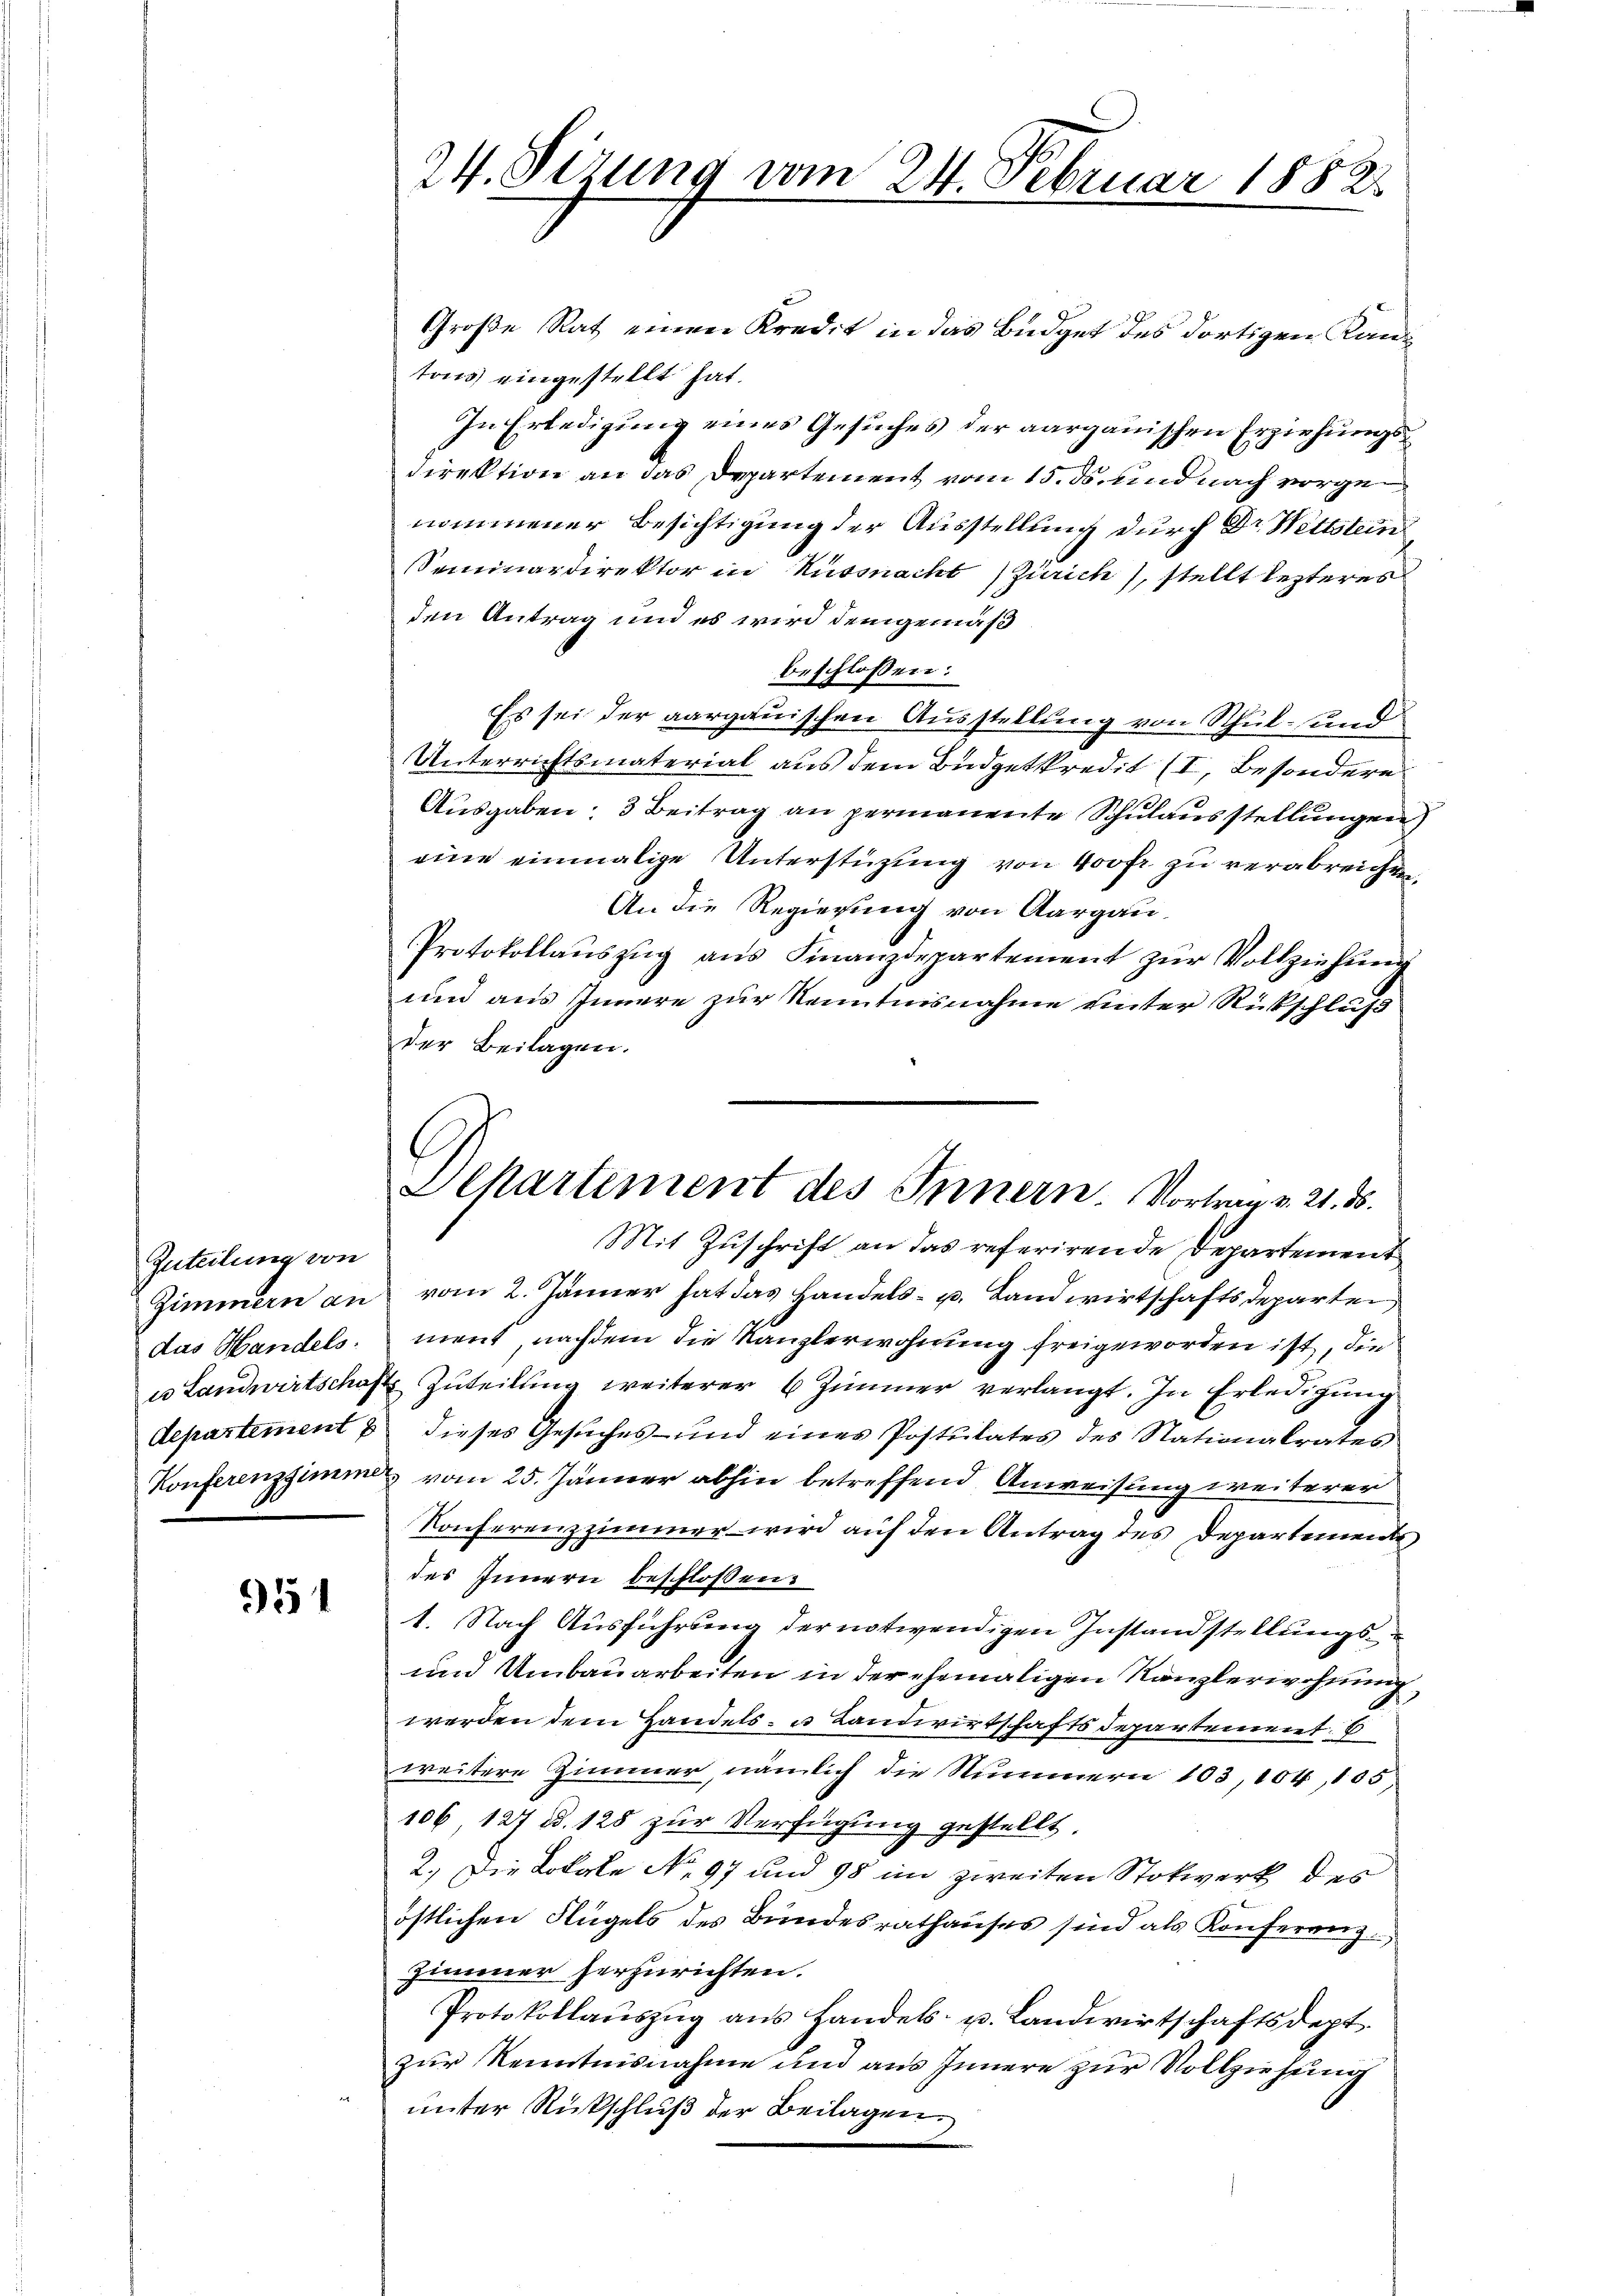
Zuteilung von
Zimmern an
das Handels:

951

24. Sizung vom 24. Februar 1882

Große Rath einen Kredit in das Büdget des dortigen Kantons eingestellt hat.
In Erledigung eines Gesuches der aargauischen Erziehungs¬
Direktion an das Departement vom 15. ds. und nach vorgenommener Besichtigung der Ausstellung durch Dr Wettstein
Seminardirektor in Küssnacht Zürich, stellt lezteres
den Antrag und es wird demgemäß
beschlossen:
Es sei der aargauischen Ausstellung von Schul- und
Unterrichtsmaterial aus dem Budgetkredit (I, Besondere
Ausgaben: 3 Beitrag an permanente Schulausstellungen
eine einmalige Unterstüzung von 400 fr zu verabreichen
An die Regierung von Aargau,
Protokollauszug aus Finanzdepartement zur Vollziehung
und aus Innere zur Kenntnisnahme unter Rückschluß
der Beilagen.
Mit Zuschrift an das referirende Departement
vom 2. Jänner hat das Handels- u. Landwirtschaftsdeparten
ment, nachdem die Kanzlerwohnung freigeworden ist, die
is Landwirtschaft Zuteilung weiterer 6 Zimmer verlangt. In Erledigung
departement & dieses Gesuches- und eines Postulates des Nationalrates
Konferenzzimme vom 25. Jänner abhin betreffend Anweisung weiterer
Konferenzzimmer wird auf den Antrag des Departemen
des Innern beschlossen
1. Nach Ausführung der notwendigen Instandstellungs¬
und Umbauarbeiten in der ehemaligen Kanzlerwohnung
werden dem Handels- u. Landwirtschaftsdepartement
weitere Zimmer, nämlich die Nummern 103, 104, 155,
106 127 d. 128 zur Verfügung gestellt.
2.) Die Lokale No. 97 und 98 im zweiten Stokwerk des
östlichen Flügels des Bundesrathauses sind als Konferenz¬
Zimmer herzurichten.
Protokollaŭszŭg ans Handels- u. Landwirtschaftsdept
zur Kenntnisnahme und aus Innere zur Vollziehung
unter Rückschluß der Beilagen.

Sckartement des Innern. Vortrag v. 21. 56.